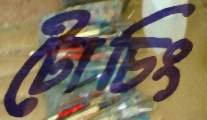
টোচিং